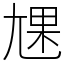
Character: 㞅